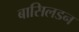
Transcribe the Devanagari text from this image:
बासिलडन